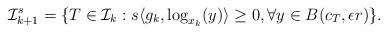
LaTeX: \begin{align*}\mathcal{I}_{k+1}^s = \{T \in \mathcal{I}_k : s \langle g_k, \log_{x_k}(y) \rangle \geq 0, \forall y \in B(c_T, \epsilon r)\}.\end{align*}